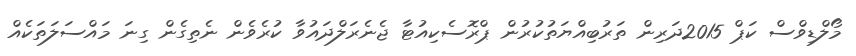
މޯލްޑިވްސް ކަޕް 2015ދަރިން ތަރުބިއްޔަތުކުރުން ޕްރޮސެކިއުޓާ ޖެނެރަލްދައުވާ ކުރެވެން ނެތިގެން ގިނަ މައްސަލަތަކެއް